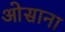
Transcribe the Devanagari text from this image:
ओसाना